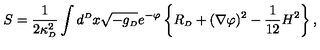
S = { \frac { 1 } { 2 \kappa _ { \scriptscriptstyle { D } } ^ { 2 } } } \int d ^ { \scriptscriptstyle { D } } x \sqrt { - g _ { \scriptscriptstyle { D } } } e ^ { - \varphi } \left\{ R _ { \scriptscriptstyle { D } } + ( \nabla \varphi ) ^ { 2 } - { \frac { 1 } { 1 2 } } H ^ { 2 } \right\} ,